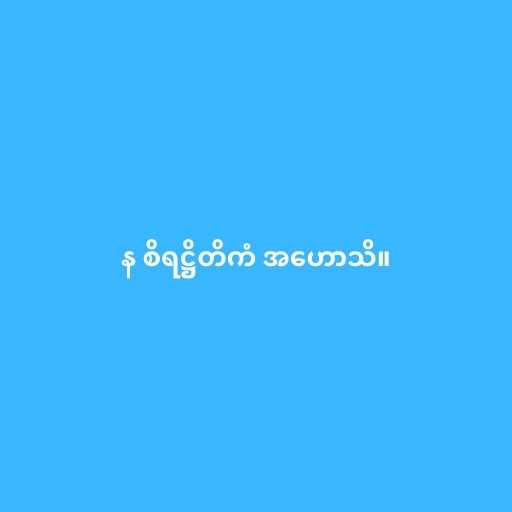
န စိရဋ္ဌိတိကံ အဟောသိ။